Civil Veterinary Dept. North-West Frontier Province 1923-32 - 1923-1932
Year: 1923
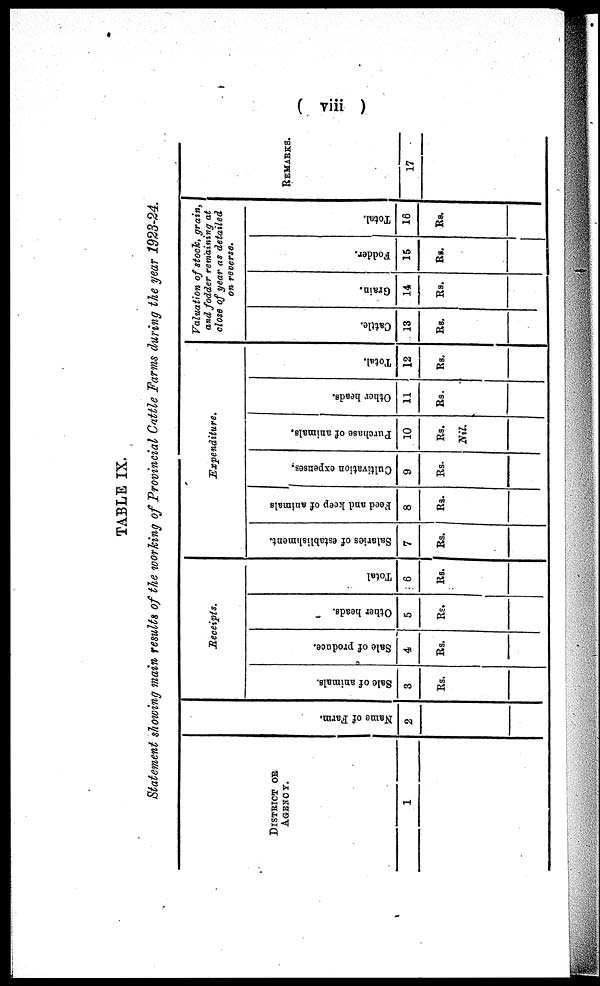
( viii )
TABLE IX.
Statement showing main results of the working of Provincial Cattle Farms during the year 1923-24.
DISTRICT OR
AGENCY.
1
Na me of Far m.
2
Receipts.
Sale of animals.
3
Rs.
Sale of produce.
4
Rs.
Other heads.
5
Rs.
Total
6
Rs.
Expenditure.
Salaries of establishment.
7
Rs.
Feed and keep of animals
8
Rs.
Cultivation expenses.
9
Rs.
Purchase of animals.
10
Rs.
Nil.
Other heads.
11
Rs.
Total.
12
Rs.
Valuation of stock, grain,
and fodder remaining at
close of year as detailed
on reverse.
Cattle.
13
Rs.
Grain.
14
Rs.
Fodder.
15
Rs.
Total.
16
Rs.
REMARKS.
17